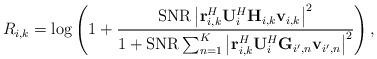
LaTeX: \begin{align*}R_{i,k}=\mathrm{log}\left(1+\frac{\mathrm{SNR}\left|\mathbf{r}_{i,k}^{H}\mathbf{U}_{i}^{H}\mathbf{H}_{i,k}\mathbf{v}_{i,k}\right|^{2}}{1+\mathrm{SNR}\sum_{n=1}^{K}\left|\mathbf{r}_{i,k}^{H}\mathbf{U}_{i}^{H}\mathbf{G}_{i',n}\mathbf{v}_{i',n}\right|^{2}}\right),\end{align*}